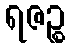
ရဇဉ္စ